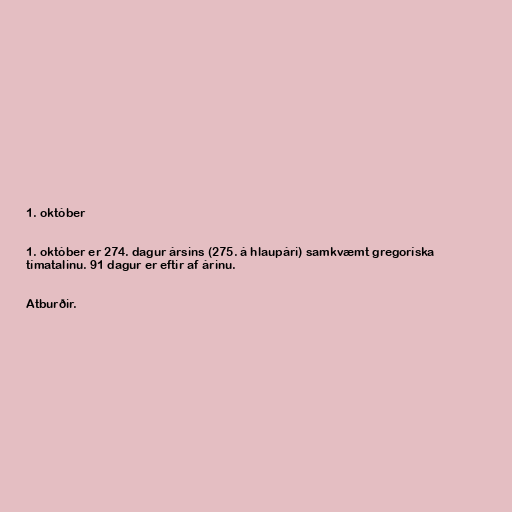
1. október

1. október er 274. dagur ársins (275. á hlaupári) samkvæmt gregoríska
tímatalinu. 91 dagur er eftir af árinu.

Atburðir.